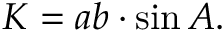
K = a b \cdot \sin { A } .